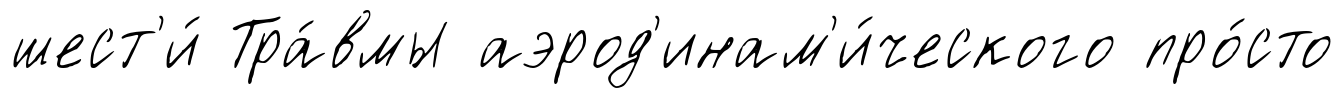
шест'и́ Тра́вмы аэрод'инам'и́ческого про́сто